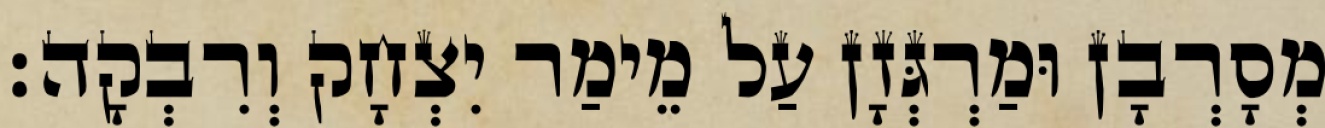
מְסָרְבָן וּמַרְגְּזָן עַל מֵימַר יִצְחָק וְרִבְקָה׃